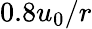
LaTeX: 0.8u_{0}/r